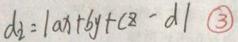
$d_{2}=|ax+by+cz - d|\ \textcircled{3}$